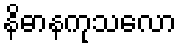
နိဓာနကုသလော